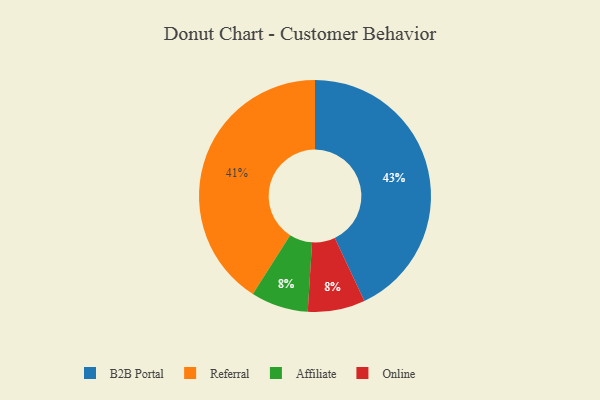
{"axis": {"x": "Category", "y": "Percentage"}, "legend": ["Affiliate", "B2B Portal", "Online", "Referral"], "data": [{"x": "Referral", "y": 41, "type": "Referral"}, {"x": "Affiliate", "y": 8, "type": "Affiliate"}, {"x": "B2B Portal", "y": 43, "type": "B2B Portal"}, {"x": "Online", "y": 8, "type": "Online"}]}